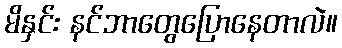
မိနှင်း နင်ဘာတွေပြောနေတာလဲ။